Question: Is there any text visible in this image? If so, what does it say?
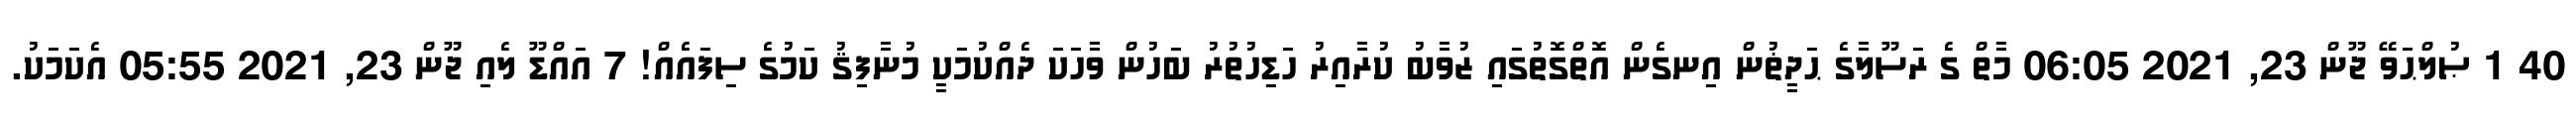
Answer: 40 1 ޞުލްޙަވޭ ޖޫން 23, 2021 06:05 މާތް ގެ ރަސޫލާގެ ޙަދީޡުން އިނގެން އޮތްގޮތުގައި ޒުވާބު ކުރާއިރު ހަޑިހުތުރު ބަހުން ވާހަކަ ދެއްކުމަކީ މުނާފިޤު ކަމުގެ ސިފައެއް! 7 އައްޑޫ ލެއި ޖޫން 23, 2021 05:55 އެކަމަކު.